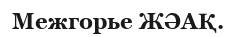
Межгорье ЖӘАҚ.